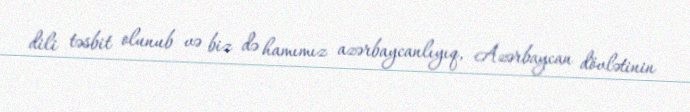
dili təsbit olunub və biz də hamımız azərbaycanlıyıq, Azərbaycan dövlətinin